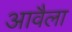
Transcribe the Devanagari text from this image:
आवैला